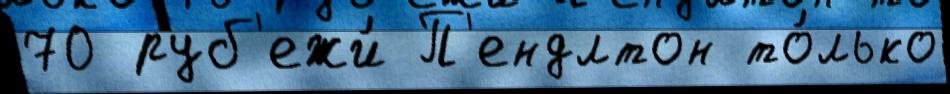
70 руб'ежи́ П'ендлтон то́лько